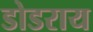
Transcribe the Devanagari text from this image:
डोडराय